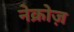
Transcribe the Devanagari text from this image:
नेक्रोज़